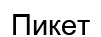
Пикет